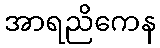
အာရညိကေန